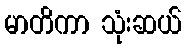
မာတိကာ သုံးဆယ်